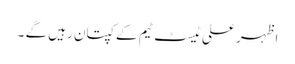
اظہر علی ٹیسٹ ٹیم کے کپتان رہیں گے ۔